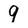
Character: 9